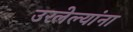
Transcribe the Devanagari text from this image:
उरलेल्यांना